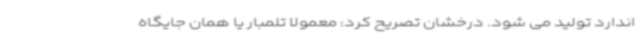
اندارد تولید می شود. درخشان تصریح کرد: معمولا تلمبار یا همان جایگاه